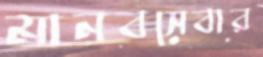
মানবসেবার